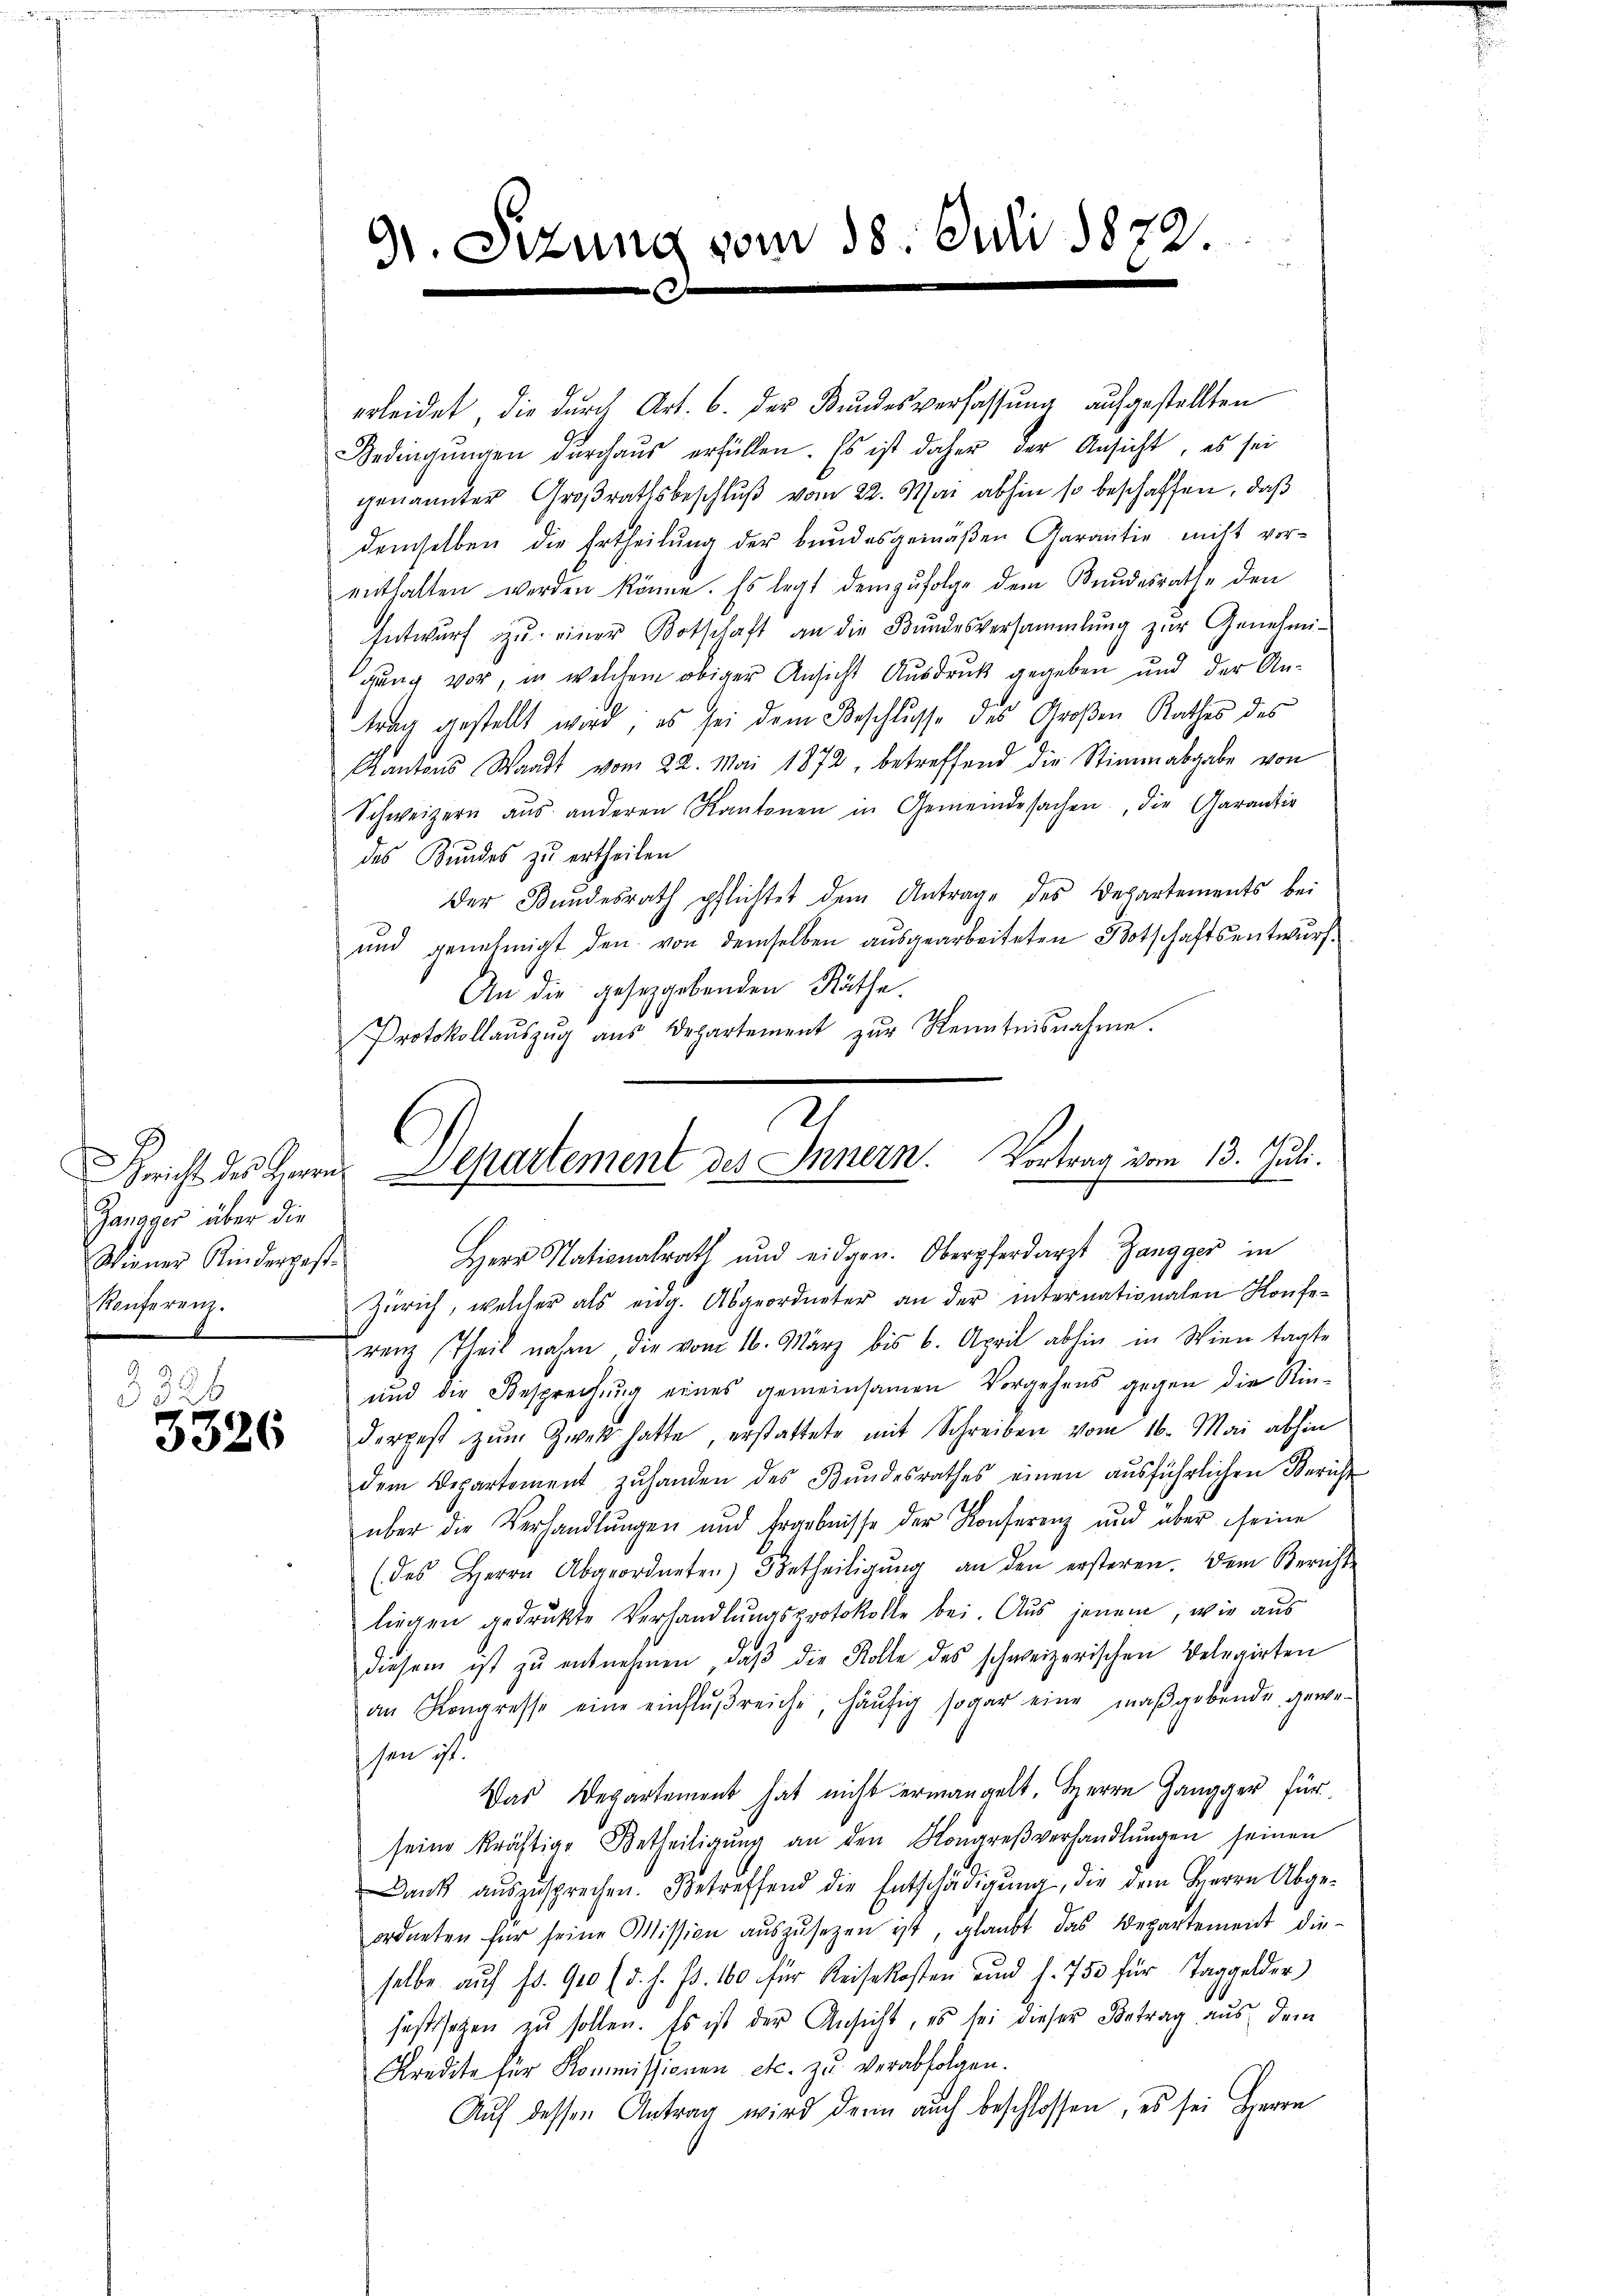
Janager über die
Wiener Kindergest.
Konferenz.

25
324
3326

91. Sitzung vom 18. Juli 1872
x

erleidet, die dŭrch Art. 6. der Bŭndesverfassŭng aufgestellten
Bedingŭngen durchaus erfüllen. Es ist daher der Ansicht, es sei
genannter Großrathsbeschluß vom 22. Mai abhin so beschaffen, daß
demselben die Ertheilung der Bundesgemäßen Garantie nicht vorenthalten werden könne. Es legt demzufolge dem Bundesrathe den
Entwurf zŭ einer Botschaft an die Bŭndesversammlung zŭr Genehmi-
gung vor, in welchem obiger Ansicht Ausdruck gegeben und der An-
trag gestellt wird; es sei dem Beschlusse des Großen Rathes des
Kantons Waadt vom 22. Mai 1872, betreffend die Stimmabgabe von
Schweizern aŭs anderen Kantonen in Gemeindesachen, die Garantie
des Bundes zu ertheilen
Der Bundesrath pflichtet dem Antrage des Departements bei
ŭnd genehmigt den von demselben aŭsgearbeiteten Botschaftsentwurf
An die gesetzgebenden Räthe.
Protokollaŭszŭg aŭs Departement zŭr Kenntnisnahme.
Zürich, welcher als eng. Abgeordneter an der internationalen Konferenz Theil nahe, die vom 16. März bis 6. April abhin in Wien tagte
und die Besprechung eines gemeinsamen Vorgehens gegen die Rin-
derpest zum Zwek hatte, erstattete mit Schreiben vom 16. Mai abhin
dem Departement zŭ handen des Bŭndesrathes einen aŭsführlichen Bericht
über die Verhandlŭngen und Ergebnisse der Konferenz und über seine
(des Herrn Abgeordneten) Betheiligŭng an den ersteren. Dem Bericht
liegen gedrukte Verhandlungsprotokolle bei. Aus jenem, wie aus
diesem ist zŭ entnehmen, daβ die Kolle des schweizerischen Betrairten
an Kongresse eine einflŭβreiche, häufig sogar eine maßgebende gewesen ist.
Das Departement hat nicht ermangelt, Herrn Zangger für
seine kräftige Betheiligŭng an den Kongreßverhandlŭngen seinen
Dank aŭszusprechen. Betreffend die Entschädigŭng, die dem Herrn Abge-
ordneten für seine Mission aŭszŭsezen ist, glaubt das Departement die-
selbe auf fr. 900 (d. h. fr. 100 für Reisekosten und 1. 750 für Taggelder
festsetzen zu sollen. Es ist der Ansicht, es sei dieser Betrag aus dem
Kredite für Kommissionen etc. zu verabfolgen.
Auf dessen Antrag wird denn auch beschlossen, es sei Herrn

2
Gericht des Herrn Departement des Innern. Vortrag vom 13. Juli.
Herr Nationalrath und eidgen. Oberpferdarzt Zangger in